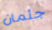
جثمان